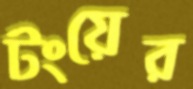
টংয়ের